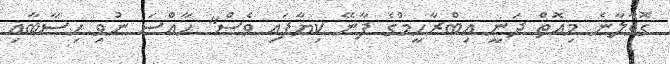
ގޮވާލާނެ މިއޮތް ދަނީ އިބްރާހީމްގެ ފާނޭ ކިޔާފައި ވެސް" ހާއްސަ ނުވި ހިސާބާއި